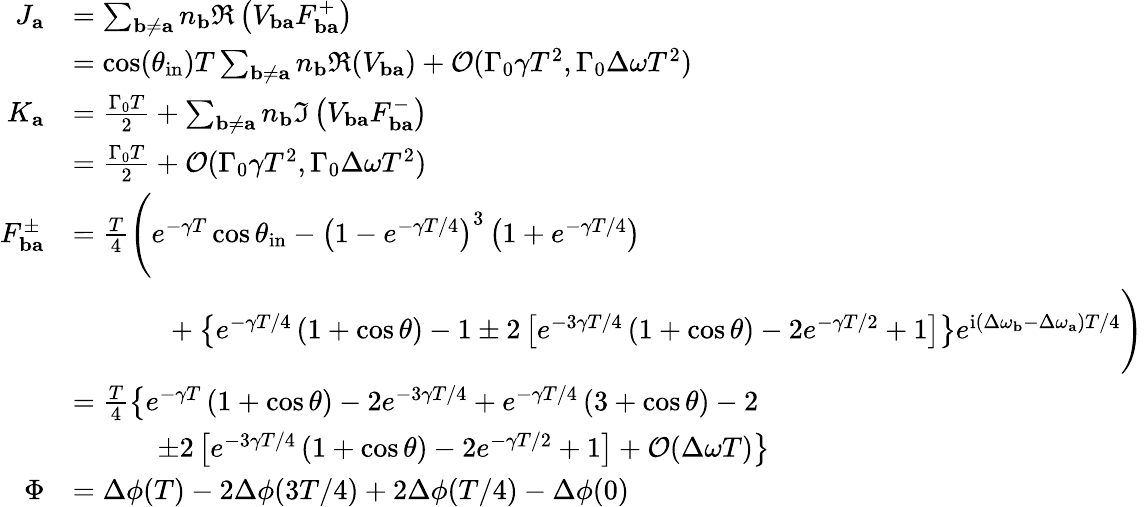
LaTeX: \begin{array}{rl}{J_{\mathbf{a}}}&{=\sum_{\mathbf{b}\neq\mathbf{a}}n_{\mathbf{b}}\Re\left(V_{\mathbf{ba}}F_{\mathbf{ba}}^{+}\right)}\\ &{=\cos(\theta_{\mathrm{in}})T\sum_{\mathbf{b}\neq\mathbf{a}}n_{\mathbf{b}}\Re(V_{\mathbf{ba}})+\mathcal{O}(\Gamma_{0}\gamma T^{2},\Gamma_{0}\Delta\omega T^{2})}\\ {K_{\mathbf{a}}}&{=\frac{\Gamma_{0}T}{2}+\sum_{\mathbf{b}\neq\mathbf{a}}n_{\mathbf{b}}\Im\left(V_{\mathbf{ba}}F_{\mathbf{ba}}^{-}\right)}\\ &{=\frac{\Gamma_{0}T}{2}+\mathcal{O}(\Gamma_{0}\gamma T^{2},\Gamma_{0}\Delta\omega T^{2})}\\ {F_{\mathbf{ba}}^{\pm}}&{=\frac{T}{4}\boldsymbol{\Bigg(}e^{-\gamma T}\cos\theta_{\mathrm{in}}-\left(1-e^{-\gamma T/4}\right)^{3}\left(1+e^{-\gamma T/4}\right)}\\ &{\qquad\quad~+\left\{ e^{-\gamma T/4}\left(1+\cos\theta\right)-1\pm 2\left[e^{-3\gamma T/4}\left(1+\cos\theta\right)-2e^{-\gamma T/2}+1\right]\right\} e^{\mathrm{i}(\Delta\omega_{\mathbf{b}}-\Delta\omega_{\mathbf{a}})T/4}\boldsymbol{\Bigg)}}\\ &{=\frac{T}{4}\left\{ e^{-\gamma T}\left(1+\cos\theta\right)-2e^{-3\gamma T/4}+e^{-\gamma T/4}\left(3+\cos\theta\right)-2\right.}\\ &{\qquad\quad\left.\pm 2\left[e^{-3\gamma T/4}\left(1+\cos\theta\right)-2e^{-\gamma T/2}+1\right]+\mathcal{O}(\Delta\omega T)\right\} }\\ {\Phi}&{=\Delta\phi(T)-2\Delta\phi(3T/4)+2\Delta\phi(T/4)-\Delta\phi(0)}\end{array}